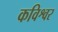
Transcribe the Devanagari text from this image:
कविश्वर